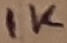
Text: 1K